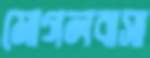
মোগলবাসা